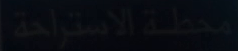
متحف الاستراحة